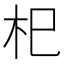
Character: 𣏌